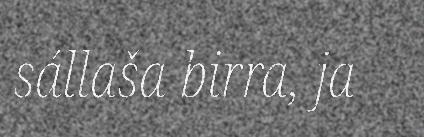
sállaša birra, ja